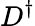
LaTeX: D^{\dagger}